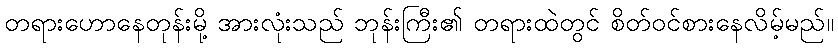
တရားဟောနေတုန်းမို့ အားလုံးသည် ဘုန်းကြီး၏ တရားထဲတွင် စိတ်ဝင်စားနေလိမ့်မည်။